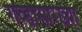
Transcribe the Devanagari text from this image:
गव्हासारख्या